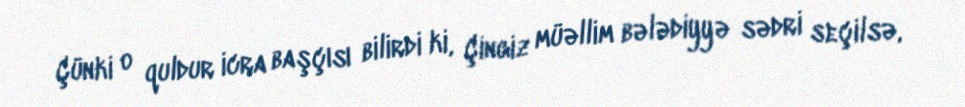
Çünki o quldur icra başçısı bilirdi ki, Çingiz müəllim bələdiyyə sədri seçilsə,